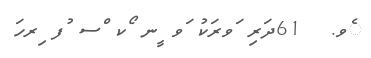
ެވ.  61ދަރި ަވރަކު ަވ ީނ ޯކ ްސ ުފ ިރހަ